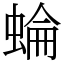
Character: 蜦